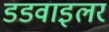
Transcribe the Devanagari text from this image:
डडवाइलर